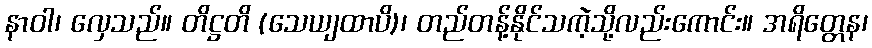
နာဝါ၊ လှေသည်။ တိဋ္ဌတိ (သေယျထာပိ)၊ တည်တန့်နိုင်သကဲ့သို့လည်းကောင်း။ အရိတ္တေန၊